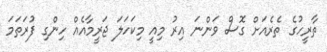
ތާރީހުގެ ތެރެއަށް ގޮސް ވަންނަ އިރު މިއީ މިކަހަލަ ޖަރީމާއެއް ހިންގި ފުރަތަމަ